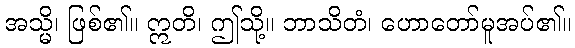
အသ္မိ၊ ဖြစ်၏။ ဣတိ၊ ဤသို့။ ဘာသိတံ၊ ဟောတော်မူအပ်၏။